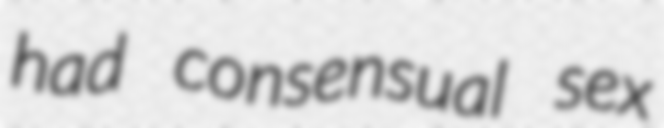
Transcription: had consensual sex